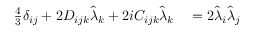
\begin{array} { r l } { \frac { 4 } { 3 } \delta _ { i j } + 2 D _ { i j k } \hat { \lambda } _ { k } + 2 i C _ { i j k } \hat { \lambda } _ { k } } & { { } = 2 \hat { \lambda } _ { i } \hat { \lambda } _ { j } } \end{array}